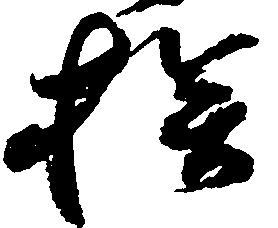
挨